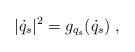
LaTeX: \begin{align*} |\dot q_s|^2=g_{q_s}(\dot q_s)\;,\end{align*}